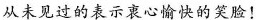
从未见过的表示衷心愉快的笑验！